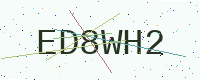
Text: ED8WH2